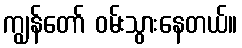
ကျွန်တော် ဝမ်းသွားနေတယ်။